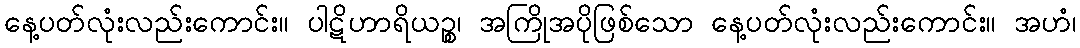
နေ့ပတ်လုံးလည်းကောင်း။ ပါဋိဟာရိယဉ္စ၊ အကြိုအပိုဖြစ်သော နေ့ပတ်လုံးလည်းကောင်း။ အဟံ၊